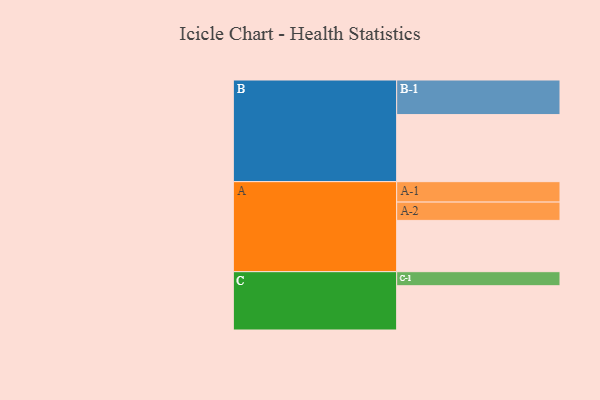
{"axis": {"x": "Segment", "y": "Value"}, "legend": ["", "A", "B", "C"], "data": [{"x": "A", "y": 387, "type": ""}, {"x": "B", "y": 506, "type": ""}, {"x": "C", "y": 334, "type": ""}, {"x": "A-1", "y": 154, "type": "A"}, {"x": "A-2", "y": 138, "type": "A"}, {"x": "B-1", "y": 261, "type": "B"}, {"x": "C-1", "y": 106, "type": "C"}]}